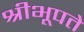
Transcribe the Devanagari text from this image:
श्रीभूपते